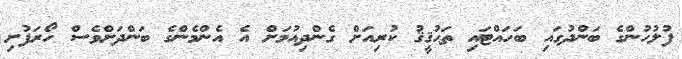
ފުލުހުންގެ ބަންދުގައި ބަހައްޓައި ތަޙުޤީޤު ކުރިއަށް ގެންދިއުމަށް އެ އެންމެންގެ ބަންދަށްވެސް ހޯރަފުށި